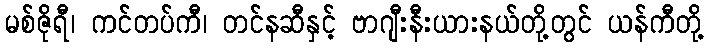
မစ်ဇိုရီ၊ ကင်တပ်ကီ၊ တင်နဆီနှင့် ဗာဂျီးနီးယားနယ်တို့တွင် ယန်ကီတို့